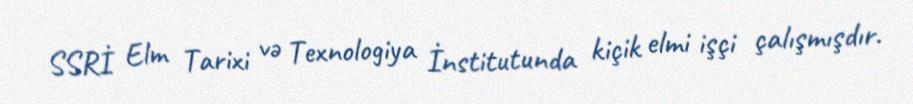
SSRİ Elm Tarixi və Texnologiya İnstitutunda kiçik elmi işçi çalışmışdır.